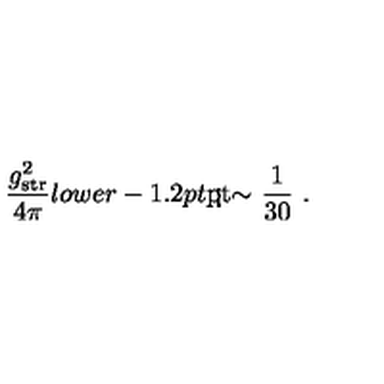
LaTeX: { \frac { g _ { \mathrm { s t r } } ^ { 2 } } { 4 \pi } } { l o w e r - 1 . 2 p t \mathrm { \mathrm { \rlap { < } \lower 5 p t \mathrm { \mathrm { \sim } } } } \ } { \frac { 1 } { 3 0 } } \ .